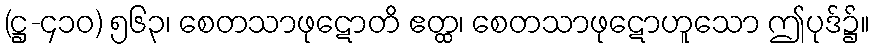
(ဋ္ဌ-၄၁၀) ၅၆၃၊ စေတသာဖုဋောတိ ဧတ္ထ၊ စေတသာဖုဋောဟူသော ဤပုဒ်၌။